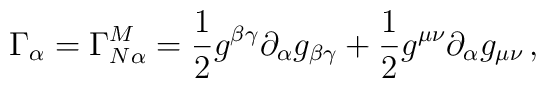
\Gamma_{\alpha}=\Gamma^{M}_{N\alpha}=\frac{1}{2}g^{\beta\gamma}\partial_{\alpha}g_{\beta\gamma}+\frac{1}{2}g^{\mu\nu}\partial_{\alpha}g_{\mu\nu}\,,